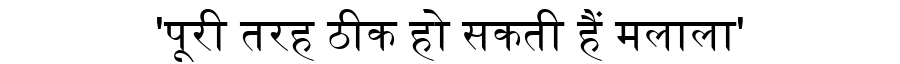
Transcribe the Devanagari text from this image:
'पूरी तरह ठीक हो सकती हैं मलाला'